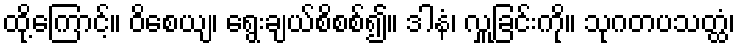
ထို့ကြောင့်။ ဝိစေယျ၊ ရွေးချယ်စိစစ်၍။ ဒါနံ၊ လှူခြင်းကို။ သုဂတပသတ္ထံ၊